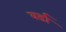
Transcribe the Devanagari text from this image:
वर्डा